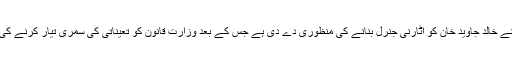
آج وزیراعظم عمران خان نے خالد جاوید خان کو اٹارنی جنرل بنانے کی منظوری دے دی ہے جس کے بعد وزارت قانون کو تعیناتی کی سمری تیار کرنے کی ہدایت جاری کی گئی ہے۔